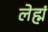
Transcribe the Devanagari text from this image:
लेह्मं